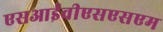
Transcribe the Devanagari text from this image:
एसआईवीएसएसएम